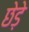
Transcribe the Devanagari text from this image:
छेडे़